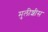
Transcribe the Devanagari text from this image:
मुलीशीस